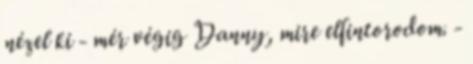
nézel ki - mér végig Danny, mire elfintorodom. -